Medical and sanitary report of the native army of Madras for the year
Year: 1877
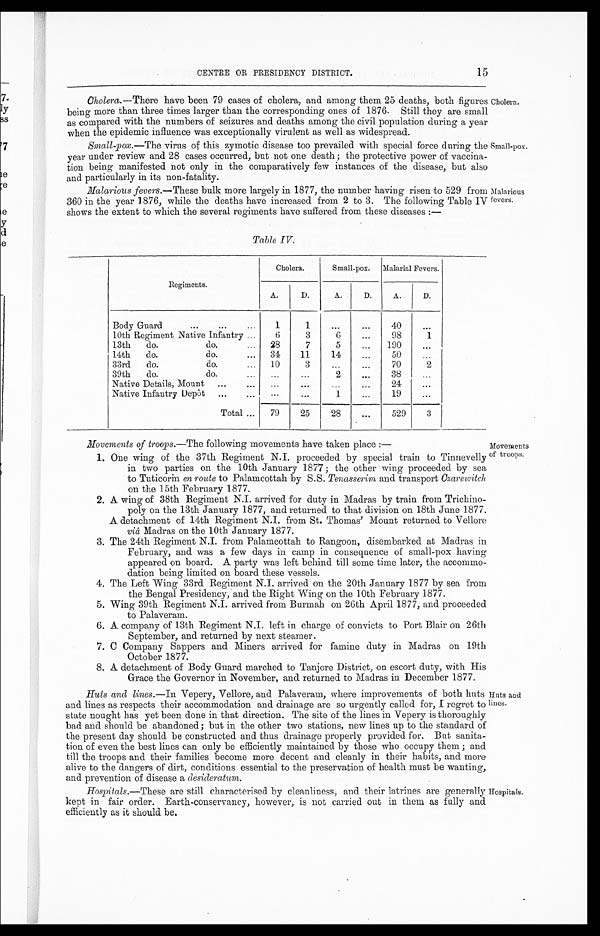
CENTRE OR PRESIDENCY DISTRICT.
15
Cholera. —There have been 79 cases of cholera, and among them 25 deaths, both figures
being more than three times larger than the corresponding ones of 1876. Still they are small
as compared with the numbers of seizures and deaths among the civil population during a year
when the epidemic influence was exceptionally virulent as well as widespread.
Small-pox.—The virus of this zymotic disease too prevailed with special force during the
year under review and 28 cases occurred, but not one death; the protective power of vaccina-
tion being manifested not only in the comparatively few instances of the disease, but also
and particularly in its non-fatality.
Cholera.
Small-pox.
Malarious fevers. —These bulk more largely in 1877, the number having risen to 529 from
360 in the year 1876, while the deaths have increased from 2 to 3. The following Table IV
shows the extent to which the several regiments have suffered from these diseases:—
Malarious
fevers.
Table IV.
Regiments.
Cholera.
Small-pox.
Malarial Fevers.
D.
A.
D.
A.
D.
A.
Body Guard
1
1
...
...
40
...
10th Regiment Native Infantry
6
3
6
...
98
1
13th do.
do.
28
7
5
...
190
...
14th do.
do.
34
11
14
...
50
...
33rd do.
do.
10
3
...
...
70
2
39th do.
do
...
...
. . .
. . .
38
...
Native Details, Mount
. . .
...
...
...
24
...
Native Infantry Depôt
. . .
...
1
. . .
19
. . .
Total
79
25
28
. . .
529
3
Movements of troops.—The following movements have taken place:
—
1. One wing of the 37th Regiment N.I. proceeded by special train to Tinnevelly
in two parties on the 10th January 1877; the other wing proceeded by sea
to Tuticorin en route to Palamcottah by S.S. Tenasserim and transport Czarewitch
on the 15th February 1877.
2. A wing of 38th Regiment N.I. arrived for duty in Madras by train from Trichino-
poly on the 13th January 1877, and returned to that division on 18th June 1877.
A detachment of 14th Regiment N.I. from St. Thomas' Mount returned to Vellore
viâ Madras on the 10th January 1877.
3. The 24th Regiment N.I. from Palamcottah to Rangoon, disembarked at Madras in
February, and was a few days in camp in consequence of small-pox having
appeared on board. A party was left behind till some time later, the accommo-
dation being limited on board these vessels.
4. The Left Wing 33rd Regiment N.I. arrived on the 20th January 1877 by sea from
the Bengal Presidency, and the Right Wing on the 10th February 1877.
5. Wing 39th Regiment N.I. arrived from Burmah on 26th April 1877, and proceeded
to Palaveram.
6. A company of 13th Regiment N.I. left in charge of convicts to Port Blair on 26th
September, and returned by next steamer.
7. C Company Sappers and Miners arrived for famine duty in Madras on 19th
October 1877.
8. A detachment of Body Guard marched to Tanjore District, on escort duty, with His
Grace the Governor in November, and returned to Madras in December 1877.
Movements
of troops.
Huts and lines.— In Vepery, Vellore, and Palaveram, where improvements of both huts
and lines as respects their accommodation and drainage are so urgently called for, I regret to
state nought has yet been done in that direction. The site of the lines in Vepery is thoroughly
bad and should be abandoned; but in the other two stations, new lines up to the standard of
the present day should be constructed and thus drainage properly provided for. But sanita-
tion of even the best lines can only be efficiently maintained by those who occupy them; and
till the troops and their families become more decent and cleanly in their habits, and more
alive to the dangers of dirt, conditions essential to the preservation of health must be wanting,
and prevention of disease a desideratum.
Hospitals.— These are still characterised by cleanliness, and their latrines are generally
kept in fair order. Earth-conservancy, however, is not carried out in them as fully and
efficiently as it should be.
Huts and
lines.
Hospitals.